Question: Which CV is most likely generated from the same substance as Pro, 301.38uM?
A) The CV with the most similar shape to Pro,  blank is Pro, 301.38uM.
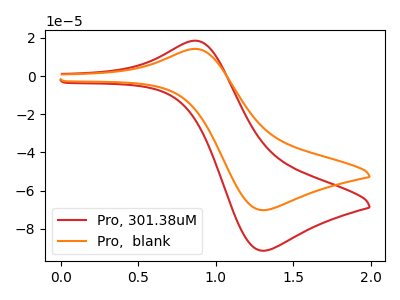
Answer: <think>The red curve "Pro, 301.38uM" has an anodic peak at (0.85V, 18.50uA) and a cathodic peak at (1.30V, -91.45uA). The orange curve "Pro,  blank" has an anodic peak at (0.85V, 14.20uA) and a cathodic peak at (1.30V, -70.20uA).
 All the peaks in "Pro, 301.38uM" have a peak in "Pro,  blank" at the same potential. Every peak in "Pro, 301.38uM" is higher than every peak in "Pro,  blank".</think>
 <answer>A) The CV with the most similar shape to "Pro,  blank" is "Pro, 301.38uM".</answer>
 <eval>A</eval>